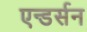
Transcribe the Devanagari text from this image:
एन्डर्सन